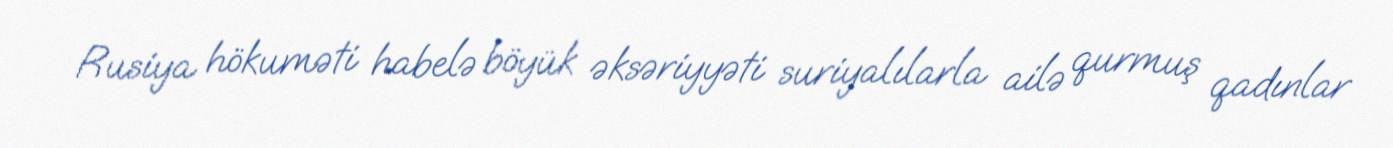
Rusiya hökuməti habelə böyük əksəriyyəti suriyalılarla ailə qurmuş qadınlar